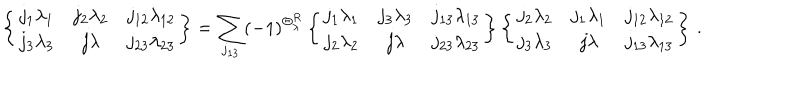
LaTeX: \left\{ \begin{array} { c c c } { { j _ { 1 } \lambda _ { 1 } } } & { { j _ { 2 } \lambda _ { 2 } } } & { { j _ { 1 2 } \lambda _ { 1 2 } } } \\ { { j _ { 3 } \lambda _ { 3 } } } & { { j \lambda } } & { { j _ { 2 3 } \lambda _ { 2 3 } } } \\ \end{array} \right\} = \sum _ { j _ { 1 3 } } ( - 1 ) ^ { \Theta _ { \lambda } ^ { R } } \left\{ \begin{array} { c c c } { { j _ { 1 } \lambda _ { 1 } } } & { { j _ { 3 } \lambda _ { 3 } } } & { { j _ { 1 3 } \lambda _ { 1 3 } } } \\ { { j _ { 2 } \lambda _ { 2 } } } & { { j \lambda } } & { { j _ { 2 3 } \lambda _ { 2 3 } } } \\ \end{array} \right\} \left\{ \begin{array} { c c c } { { j _ { 2 } \lambda _ { 2 } } } & { { j _ { 1 } \lambda _ { 1 } } } & { { j _ { 1 2 } \lambda _ { 1 2 } } } \\ { { j _ { 3 } \lambda _ { 3 } } } & { { j \lambda } } & { { j _ { 1 3 } \lambda _ { 1 3 } } } \\ \end{array} \right\} \, .